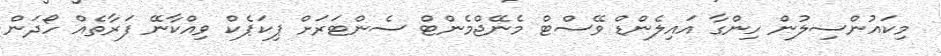
މިކައުންސިލުން ހިންގާ އައިލެންޑް ވޭސްޓް މެނޭޖްމެންޓް ސެންޓަރަށް ޕިކަޕެކް ވިއްކާނޭ ފަރާތެއް ހޯދަން